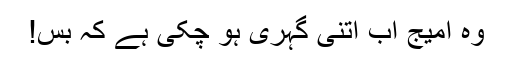
وہ امیج اب اتنی گہری ہو چکی ہے کہ بس!